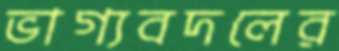
ভাগ্যবদলের